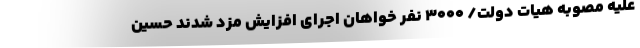
علیه مصوبه هیات دولت/ ۳۰۰۰ نفر خواهان اجرای افزایش مزد شدند حسین